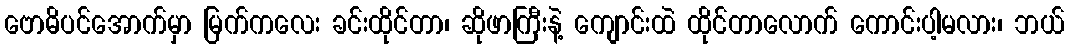
ဗောဓိပင်အောက်မှာ မြက်ကလေး ခင်းထိုင်တာ၊ ဆိုဖာကြီးနဲ့ ကျောင်းထဲ ထိုင်တာလောက် ကောင်းပါ့မလား၊ ဘယ်